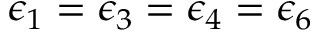
\epsilon _ { 1 } = \epsilon _ { 3 } = \epsilon _ { 4 } = \epsilon _ { 6 }